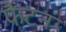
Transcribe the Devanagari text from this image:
फैंटन